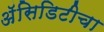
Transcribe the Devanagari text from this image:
अॅसिडिटीचा